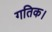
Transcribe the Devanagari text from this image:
गतिक।